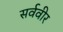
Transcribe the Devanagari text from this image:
सर्ववीर